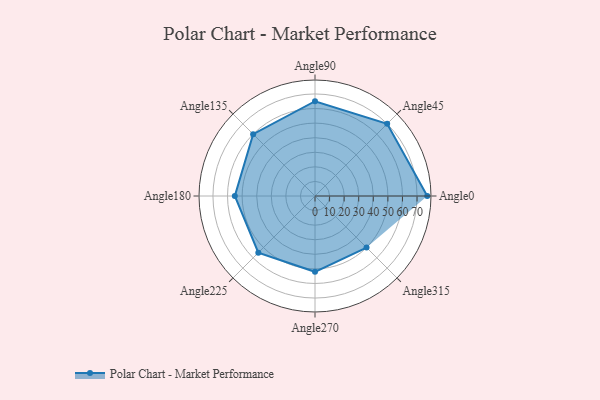
{"axis": {"x": "Angle", "y": "Radius"}, "legend": [""], "data": [{"x": "Angle0", "y": 77.0, "type": ""}, {"x": "Angle45", "y": 70.0, "type": ""}, {"x": "Angle90", "y": 65.0, "type": ""}, {"x": "Angle135", "y": 60.0, "type": ""}, {"x": "Angle180", "y": 55.0, "type": ""}, {"x": "Angle225", "y": 55.0, "type": ""}, {"x": "Angle270", "y": 52.0, "type": ""}, {"x": "Angle315", "y": 50, "type": ""}]}